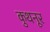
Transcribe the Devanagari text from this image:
कुथनूर